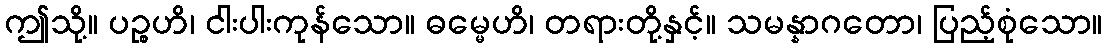
ဤသို့။ ပဉ္စဟိ၊ ငါးပါးကုန်သော။ ဓမ္မေဟိ၊ တရားတို့နှင့်။ သမန္နာဂတော၊ ပြည့်စုံသော။